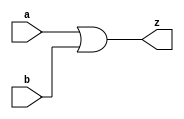
module MyOr(a,b,z);

input a,b;
output z;

assign z=(a|b);

endmodule